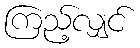
ကြည့်လျှင်